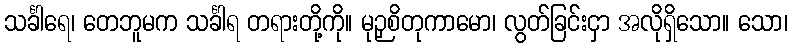
သင်္ခါရေ၊ တေဘူမက သင်္ခါရ တရားတို့ကို။ မုဉှစိတုကာမော၊ လွတ်ခြင်းငှာ အလိုရှိသော။ သော၊